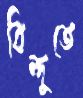
বিন্দুতে